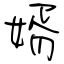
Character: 婿